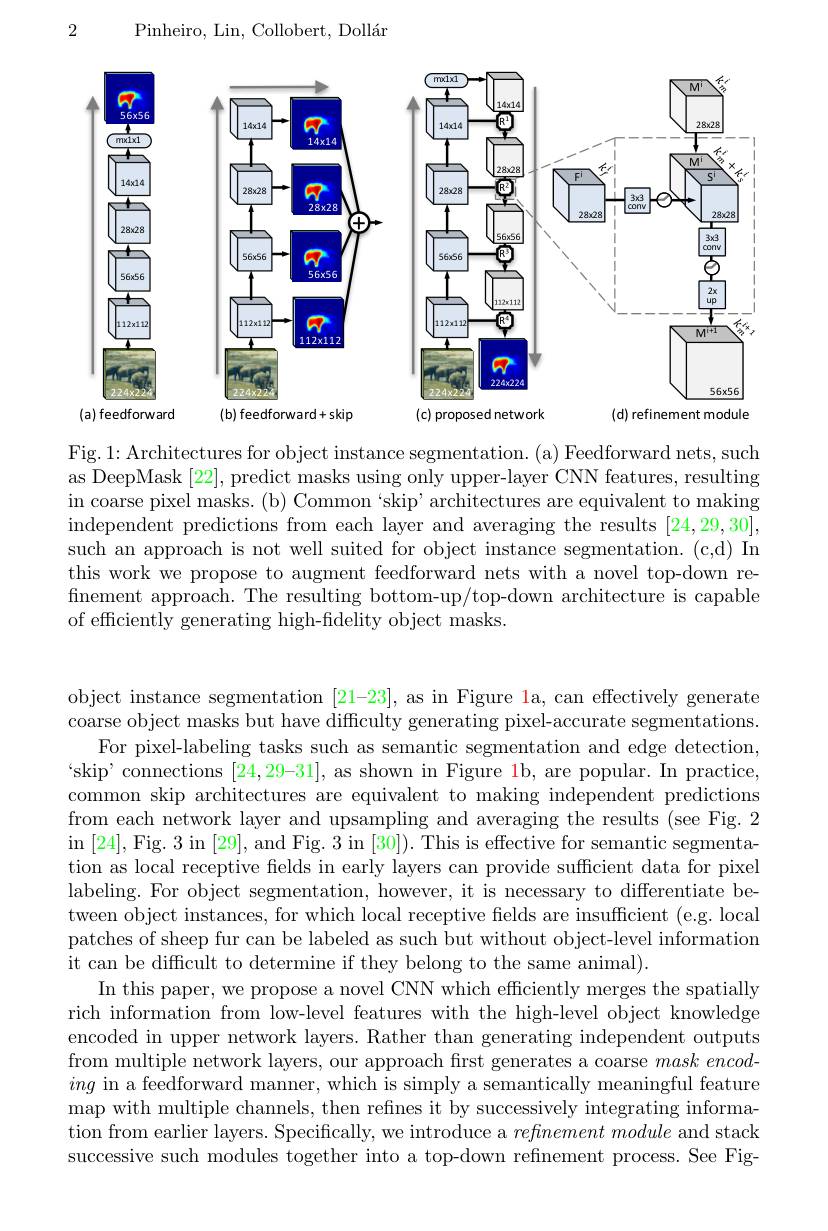
2

Pinheiro, Lin, Collobert, Doll$\acute{a}$r

<FigureHere>

<FigureHere>

<FigureHere>

Fig. 1: Architectures for object instance segmentation. ( a) Feedforward nets, such as DeepMask [22], predict masks using only upper-layer CNN features, resulting in coarse pixel masks. (b) Common 'skip' architectures are equivalent to making independent predictions from each layer and averaging the results [24,29,30], such an approach is not well suited for object instance segmentation. (c,d) In this work we propose to augment feedforward nets with a novel top-down refinement approach. The resulting bottom-up/top-down architecture is capable of efficiently generating high-fidelity object masks.

object instance segmentation [21-23], as in Figure la, can effectively generate coarse object masks but have difficulty generating pixel-accurate segmentations.
For pixel-labeling tasks such as semantic segmentation and edge detection, `skip' connections $[24,29–31]$, as shown in Figure 1b, are popular. In practice, common skip architectures are equivalent to making independent predictions from each network layer and upsampling and averaging the results (see Fig.2 $\operatorname{in}\left[24\right],\operatorname{Fig.}3\operatorname{in}\left[29\right]$,and Fig. $3\operatorname{in}\left[30\right]).$This is effective for semantic segmentation as local receptive felds in early layers can provide sufficient data for pixel labeling. For object segmentation, however, it is necessary to differentiate between object instances, for which local receptive fields are insufficient (e.g. local patches of sheep fur can be labeled as such but without object-level information it can be difficult to determine if they belong to the same animal).
In this paper, we propose a novel CNN which efficiently merges the spatially rich information from low-level features with the high-level object knowledge encoded in upper network layers. Rather than generating independent outputs from multiple network layers, our approach first generates a coarse $mask\textit{encod- }$ ing in a feedforward manner, which is simply a semantically meaningful feature map with multiple channels, then refines it by successively integrating information from earlier layers. Specifically, we introduce a $refinement\textit{module and stack}$ successive such modules together into a top-down refinement process. See Fig-